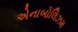
એનાબોલિઝમ